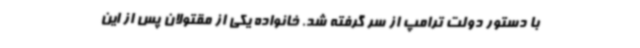
با دستور دولت ترامپ از سر گرفته شد. خانواده یکی از مقتولان پس از این